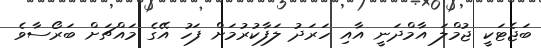
ބަޖެޓަކީ ޖުމްލަ އާމްދަނީ އާއި ހަރަދު ލަފާކުރުމަށް ފަހު އޭގެ މައްޗަށް ބަރޯސާވެ